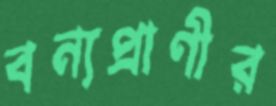
বন্যপ্রাণীর